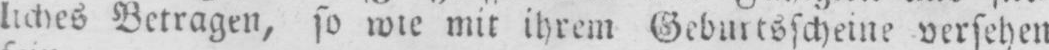
liches Betragen, so wie mit ihrem Geburtsscheine versehen